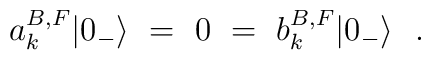
a^{B,F}_k |0_-\rangle~=~0~=~b^{B,F}_k |0_- \rangle~~.